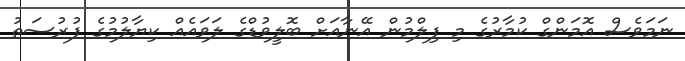
ނަމަވެސް އޮމަންގް ކުމާރުގެ މި ފިލްމުން އޭނާއަށް ބޮލީވުޑްގެ ލަވައެއް ކިޔާލުމުގެ ފުރުސަތު